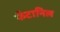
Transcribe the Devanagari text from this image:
फैंटानिल